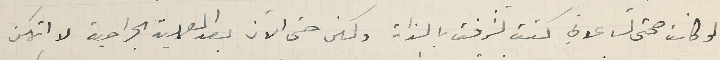
لو كانت صحتى تساعدني كنت تشرفت بالذات ولكنى حتى الآن بعد العملية الجراحية لا اتمكن